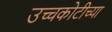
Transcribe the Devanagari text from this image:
उच्चकोटीच्या